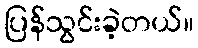
ပြန်သွင်းခဲ့တယ်။